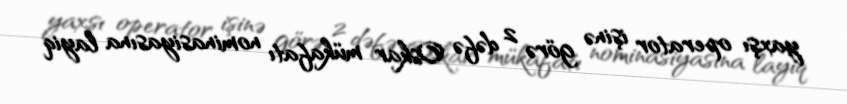
yaxşı operator işinə görə 2 dəfə Oskar mükafatı nominasiyasına layiq